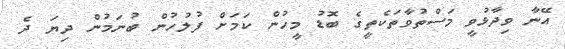
އޭނާ ވިދާޅުވީ މަސްތުވާތަކެތީގެ ބޮޑު މީހުން ކަމަށް ފުލުހުން ބުނަމުން ދިޔަ ދެ